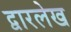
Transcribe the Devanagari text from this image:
द्वारलेख